Annual report on the working of the mental hospitals in the Madras Presidency - 1912-1932
Year: 1912
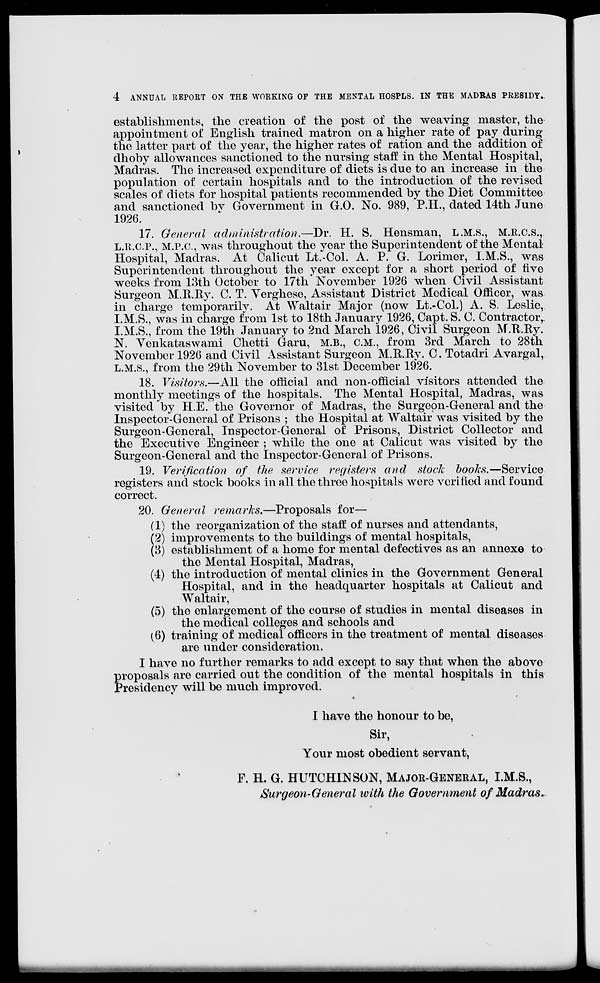
4 ANNUAL REPORT ON THE WORKING OF THE MENTAL HOSPLS. IN THE MADRAS PRESIDY.
establishments, the creation of the post of the weaving master, the
appointment of English trained matron on a higher rate of pay during
the latter part of the year, the higher rates of ration and the addition of
dhoby allowances sanctioned to the nursing staff in the Mental Hospital,
Madras. The increased expenditure of diets is due to an increase in the
population of certain hospitals and to the introduction of the revised
scales of diets for hospital patients recommended by the Diet Committee
and sanctioned by Government in G.O. No. 989, P.H., dated 14th June
1926.
17. General administration.—Dr. H. S. Hensman, L.M.S., M.R.C.S.,
L.R.C.P., M.P.C, was throughout the year the Superintendent of the Mental
Hospital, Madras. At Calicut Lt.-Col. A. P. G. Lorimer, I.M.S., was
Superintendent throughout the year except for a short period of five
weeks from 13th October to 17th November 1926 when Civil Assistant
Surgeon M.R.Ry. C. T. Verghese, Assistant District Medical Officer, was
in charge temporarily. At Waltair Major (now Lt. Col.) A. S. Leslie,
I.M.S., was in charge from 1st to 18th January 1926, Capt. S. C. Contractor,
I.M.S., from the 19th January to 2nd March 1926, Civil Surgeon M.R.Ry.
N. Venkataswami Chetti Garu, M.B., C.M., from 3rd March to 28th
November 1926 and Civil Assistant Surgeon M.R.Ry. C. Totadri Avargal,
L.M.S., from the 29th November to 31st December 1926.
18. Visitors.—All the official and non-official visitors attended the
monthly meetings of the hospitals. The Mental Hospital, Madras, was
visited by H.E. the Governor of Madras, the Surgeon-General and the
Inspector-General of Prisons ; the Hospital at Waltair was visited by the
Surgeon-General, Inspector-General of Prisons, District Collector and
the Executive Engineer ; while the one at Calicut was visited by the
Surgeon-General and the Inspector-General of Prisons.
19. Verification of the service registers and stock books.—Service
registers and stock books in all the three hospitals were verified and found
correct.
20. General remarks.—Proposals for—
(1) the reorganization of the staff of nurses and attendants,
(2) improvements to the buildings of mental hospitals,
(3) establishment of a home for mental defectives as an annexe to
the Mental Hospital, Madras,
(4) the introduction of mental clinics in the Government General
Hospital, and in the headquarter hospitals at Calicut and
Waltair,
(5) the enlargement of the course of studies in mental diseases in
the medical colleges and schools and
(6) training of medical officers in the treatment of mental diseases
are under consideration.
I have no further remarks to add except to say that when the above
proposals are carried out the condition of the mental hospitals in this
Presidency will be much improved.
I have the honour to be,
Sir,
Your most obedient servant,
F. H. G. HUTCHINSON, MAJOR-GENERAL, I.M.S.,
Surgeon-General with the Government of Madras.